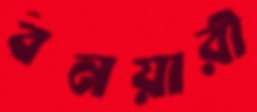
বনয়ারী